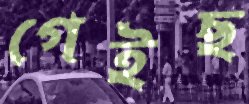
গেইছ